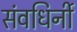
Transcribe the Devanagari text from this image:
संवधिर्नी